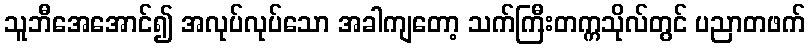
သူဘီအေအောင်၍ အလုပ်လုပ်သော အခါကျတော့ သက်ကြီးတက္ကသိုလ်တွင် ပညာတဖက်